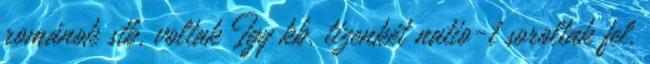
románok stb. voltak Így kb. tizenkét natio-t soroltak fel.